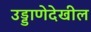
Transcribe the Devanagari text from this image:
उड्डाणेदेखील